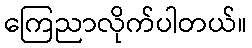
ကြေညာလိုက်ပါတယ်။